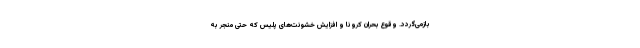
بازمی‌گردد. وقوع بحران کرونا و افزایش خشونت‌های پلیس که حتی منجر به